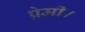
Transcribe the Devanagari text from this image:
प्रेमी।